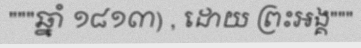
"""ឆ្នាំ ១៨១៣) , ដោយ ព្រះអង្គ"""